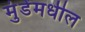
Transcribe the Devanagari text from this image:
मुंडेंमधील